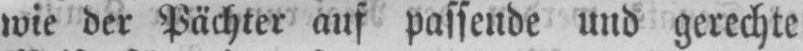
wie der Pächter auf passende und gerechte